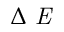
\Delta \emph { E }